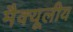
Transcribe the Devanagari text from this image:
मैक्यूलीय